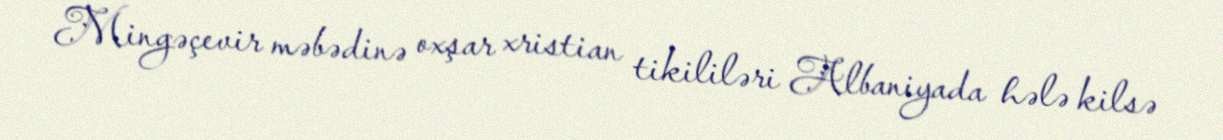
Mingəçevir məbədinə oxşar xristian tikililəri Albaniyada hələ kilsə